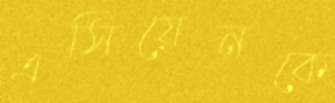
এসিয়েনকে